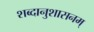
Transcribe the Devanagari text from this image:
शब्दानुशासनम्